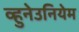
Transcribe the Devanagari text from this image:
व्हुनेउनियेम